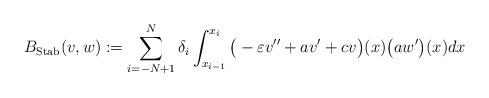
LaTeX: \begin{gather*}B_{\mathrm{Stab}}\!\left(v,w\right):= \sum_{i=-N+1}^N \delta_i \int_{x_{i-1}}^{x_i}\big(-\varepsilon v'' + a v' + c v\big)(x)\big(aw'\big)(x) dx\end{gather*}